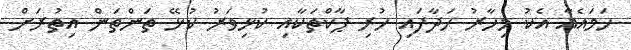
ހަމައެއާ އެކު މިހާރު ހަދާފައި ހުރި ޕާކްތަކާއި ކުޅިވަރު ކުޅޭ ތަންތަން އިތުރަށް